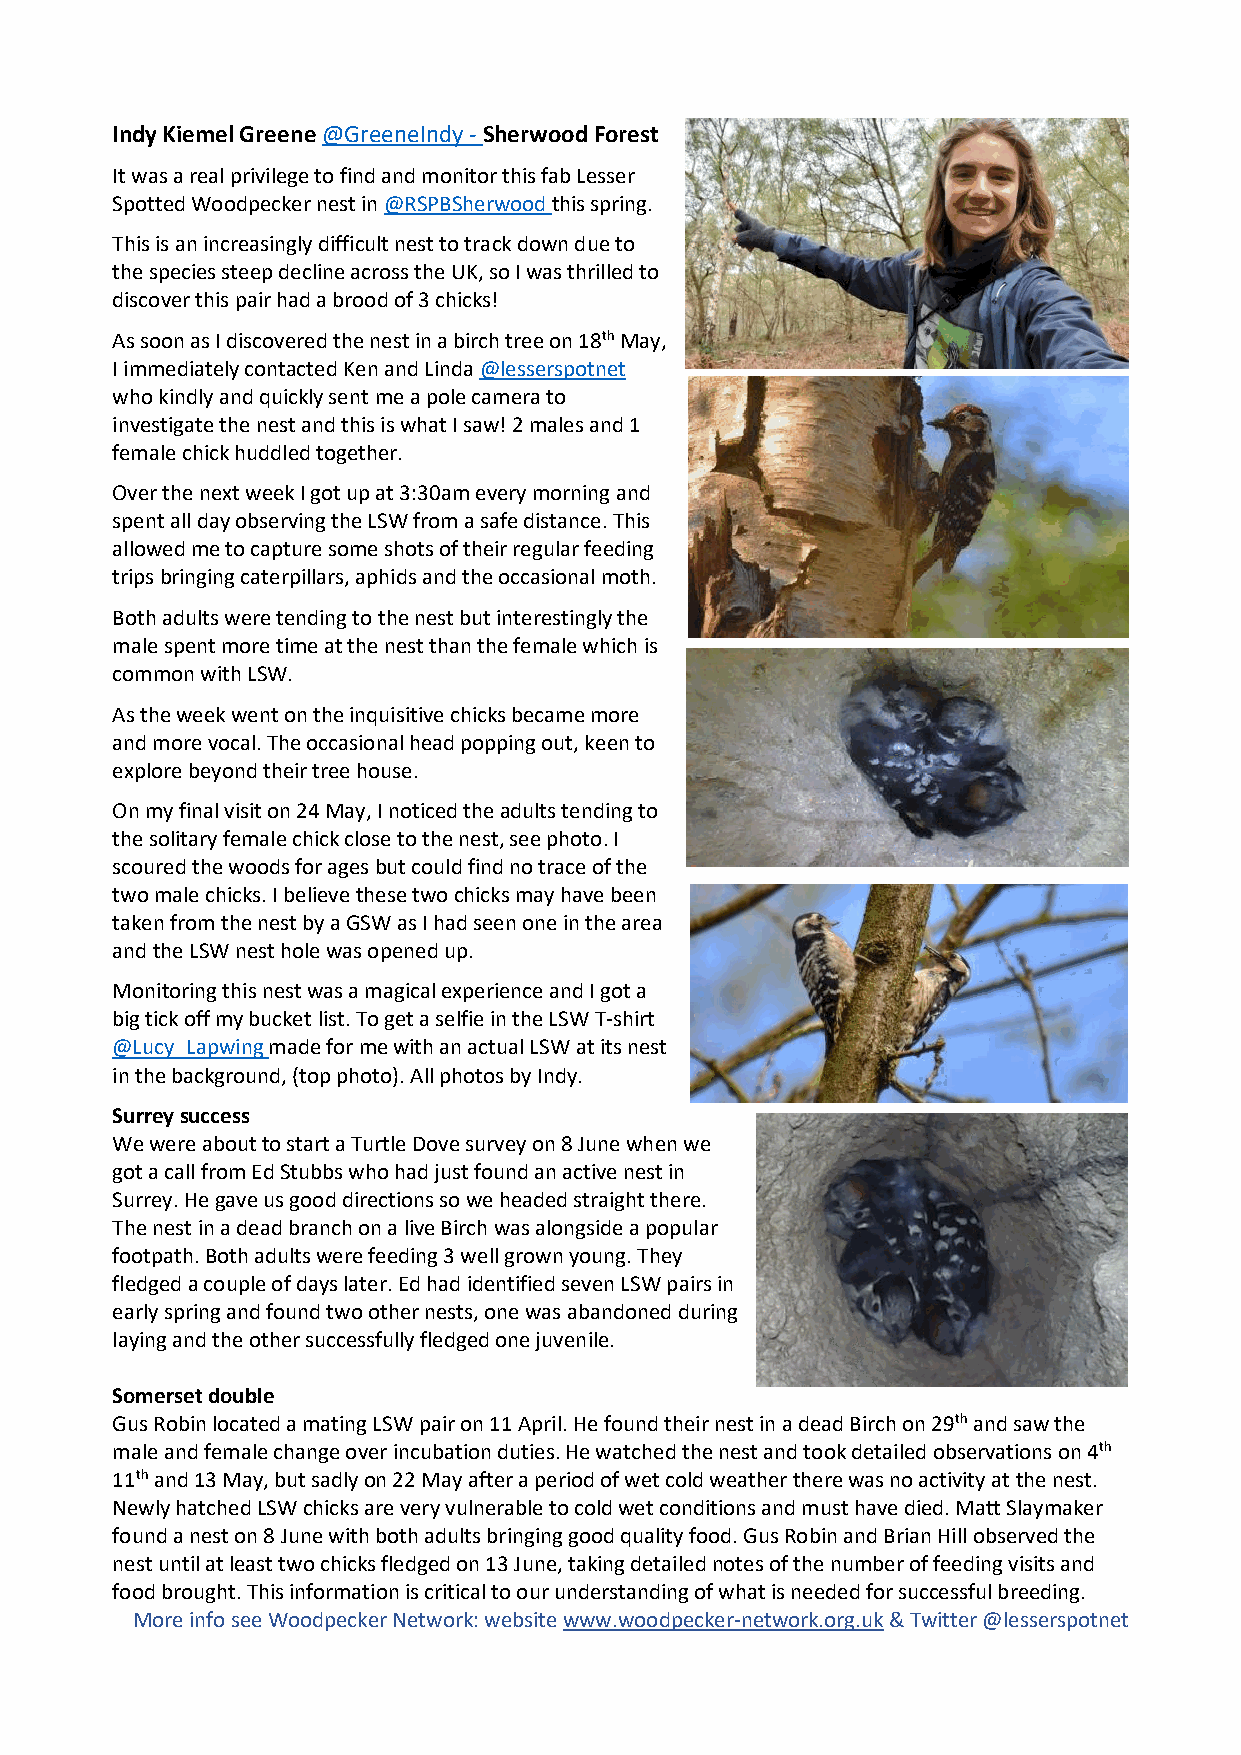
Indy Kiemel Greene @GreeneIndy - Sherwood Forest
 It was a real privilege to find and monitor this fab Lesser
 Spotted Woodpecker nest in @RSPBSherwood this spring.
 This is an increasingly difficult nest to track down due to
 the species steep decline across the UK, so I was thrilled to
 discover this pair had a brood of 3 chicks!
 As soon as I discovered the nest in a birch tree on 18th May,
 I immediately contacted Ken and Linda @lesserspotnet
 who kindly and quickly sent me a pole camera to
 investigate the nest and this is what I saw! 2 males and 1
 female chick huddled together.
 Over the next week I got up at 3:30am every morning and
 spent all day observing the LSW from a safe distance. This
 allowed me to capture some shots of their regular feeding
 trips bringing caterpillars, aphids and the occasional moth.
 Both adults were tending to the nest but interestingly the
 male spent more time at the nest than the female which is
 common with LSW.
 As the week went on the inquisitive chicks became more
 and more vocal. The occasional head popping out, keen to
 explore beyond their tree house.
 On my final visit on 24 May, I noticed the adults tending to
 the solitary female chick close to the nest, see photo. I
 scoured the woods for ages but could find no trace of the
 two male chicks. I believe these two chicks may have been
 taken from the nest by a GSW as I had seen one in the area
 and the LSW nest hole was opened up.
 Monitoring this nest was a magical experience and I got a
 big tick off my bucket list. To get a selfie in the LSW T-shirt
 @Lucy_Lapwing made for me with an actual LSW at its nest
 in the background, (top photo). All photos by Indy.
 Surrey success
 We were about to start a Turtle Dove survey on 8 June when we
 got a call from Ed Stubbs who had just found an active nest in
 Surrey. He gave us good directions so we headed straight there.
 The nest in a dead branch on a live Birch was alongside a popular
 footpath. Both adults were feeding 3 well grown young. They
 fledged a couple of days later. Ed had identified seven LSW pairs in
 early spring and found two other nests, one was abandoned during
 laying and the other successfully fledged one juvenile.
 Somerset double
 Gus Robin located a mating LSW pair on 11 April. He found their nest in a dead Birch on 29th and saw the
 male and female change over incubation duties. He watched the nest and took detailed observations on 4th
 11th and 13 May, but sadly on 22 May after a period of wet cold weather there was no activity at the nest.
 Newly hatched LSW chicks are very vulnerable to cold wet conditions and must have died. Matt Slaymaker
 found a nest on 8 June with both adults bringing good quality food. Gus Robin and Brian Hill observed the
 nest until at least two chicks fledged on 13 June, taking detailed notes of the number of feeding visits and
 food brought. This information is critical to our understanding of what is needed for successful breeding.
 More info see Woodpecker Network: website www.woodpecker-network.org.uk & Twitter @lesserspotnet